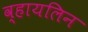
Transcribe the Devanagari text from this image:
व्हायलिन